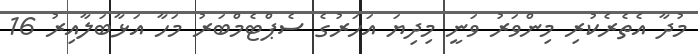
މުދާ އެތެރެކުރި މިންވަރު ވަނީ މިދިޔަ އަހަރުގެ ސެޕްޓެމްބަރު މަހާ އަޅާބަލާއިރު 16